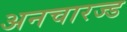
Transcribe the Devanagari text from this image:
अनचारज्ड